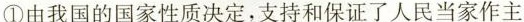
①由我国的国家性质决定，支持和保证了人民当家作主